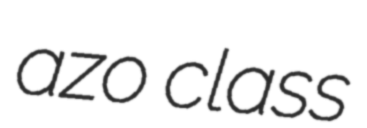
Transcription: azo class